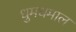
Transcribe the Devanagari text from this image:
धुमधमाल